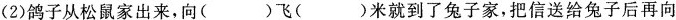
(2)鸽子从松鼠家出来，向( )飞( )米就到了兔子家，把信送给兔子后再向